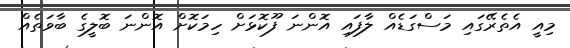
މިއީ އެތެރޭގައި މަސްގަޑެއް ލާފައި އޮންނަ ފޫކޮޅަށް ހިމަކޮށް އޮންނަ ބޮލީގެ ބާވަތެއް